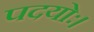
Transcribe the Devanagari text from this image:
पदयोः।